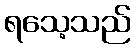
ရသေ့သည်